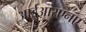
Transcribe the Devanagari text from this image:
आईआरएनए